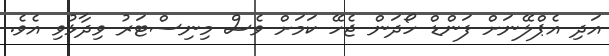
އަދި އެޕްލޭނަށް ފަންޑް ހޯދަން ޖެހޭ ކަމަށް ވެސް މިނިސްޓަރު ވިދާޅުވި އެވެ.